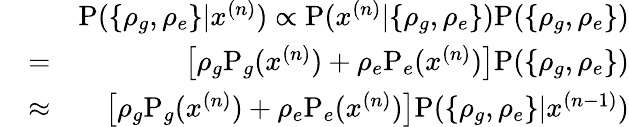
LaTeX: \begin{array}{rlr}&{}&{\mathrm P(\{ \rho_{g},\rho_{e}\} |x^{(n)})\propto\mathrm P(x^{(n)}|\{ \rho_{g},\rho_{e}\} )\mathrm P(\{ \rho_{g},\rho_{e}\} )}\\ &{=}&{\left[\rho_{g}\mathrm P_{g}(x^{(n)})+\rho_{e}\mathrm P_{e}(x^{(n)})\right]\mathrm P(\{ \rho_{g},\rho_{e}\} )}\\ &{\approx}&{\left[\rho_{g}\mathrm P_{g}(x^{(n)})+\rho_{e}\mathrm P_{e}(x^{(n)})\right]\mathrm P(\{ \rho_{g},\rho_{e}\} |x^{(n-1)})}\end{array}